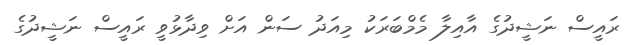
ރައީސް ނަޝީދުގެ އާއިލާ މެމްބަރަކު މިއަދު ސަން އަށް ވިދާޅުވީ ރައީސް ނަޝީދުގެ